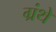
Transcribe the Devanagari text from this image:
ग्रंथे